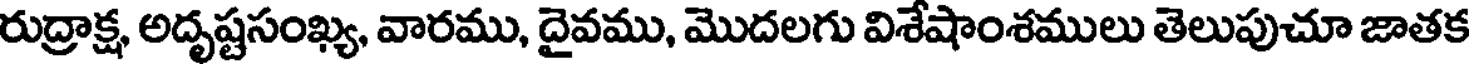
రుద్రాక్ష, అదృష్టసంఖ్య, వారము, దైవము, మొదలగు విశేషాంశములు తెలుపుచూ జాతక